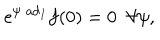
\mathrm { e } ^ { \psi \; \mathrm { a d } _ { I } } f ( 0 ) = 0 \; \; \forall \psi ,